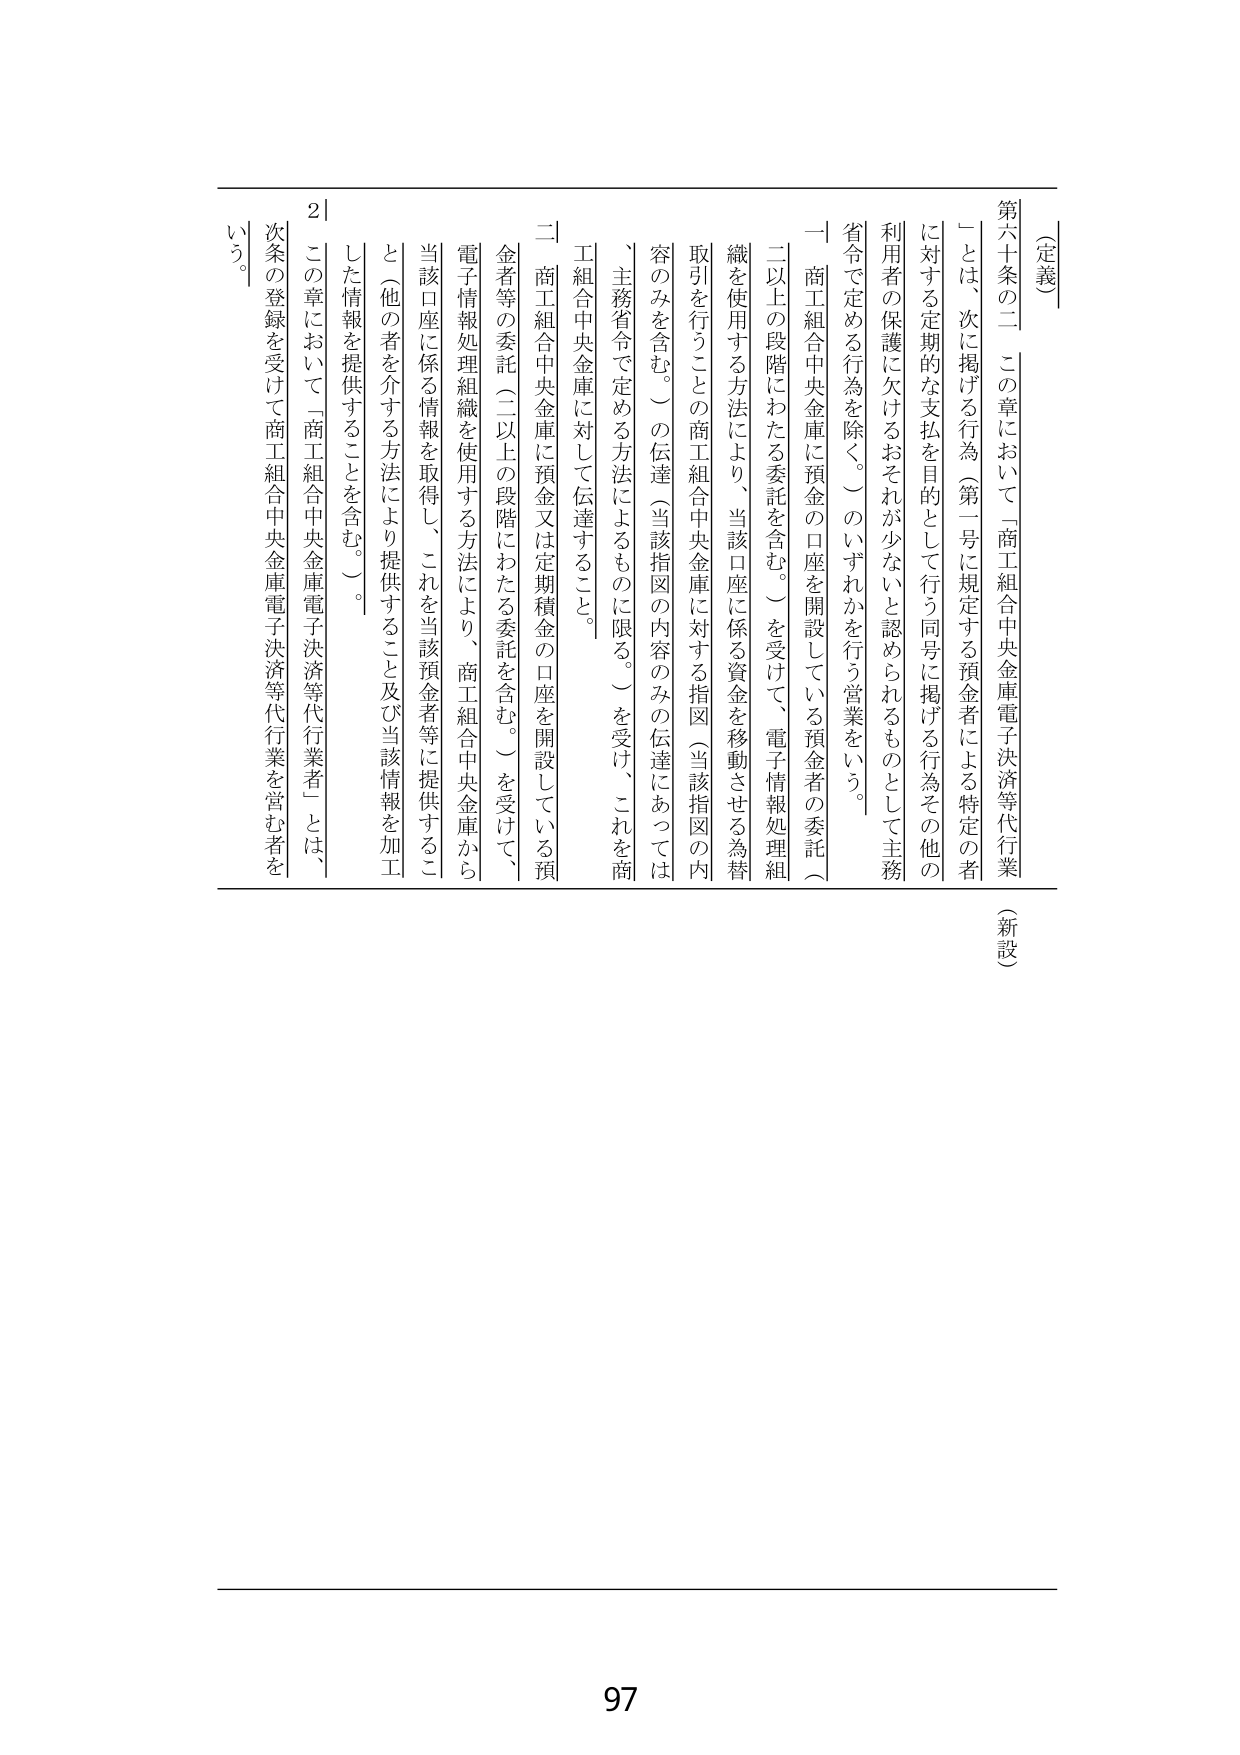
（定義）

第六十条の二　この章において「商工組合中央金庫電子決済等代行業」とは、次に掲げる行為（第一号に規定する預金者による特定の者に対する定期的な支払を目的として行う同号に掲げる行為その他の利用者の保護に欠けるおそれがないと認められるものとして主務省令で定める行為を除く。）のいずれかを行う営業をいう。

一　商工組合中央金庫に預金の口座を開設している預金者の委託（二以上の段階にわたる委託を含む。）を受けて、電子情報処理組織を使用する方法により、当該口座に係る資金を移動させる為替取引を行うことの商工組合中央金庫に対する指図（当該指図の内容のみを含む。）の伝達（当該指図の内容のみの伝達にあつては、主務省令で定める方法によるものに限る。）を受け、これを商工組合中央金庫に対して伝達すること。

二　商工組合中央金庫に預金又は定期積金の口座を開設している預金者等の委託（二以上の段階にわたる委託を含む。）を受けて、電子情報処理組織を使用する方法により、商工組合中央金庫から当該口座に係る情報を取得し、これを当該預金者等に提供すること（他の者を介する方法により提供すること及び当該情報を加工した情報を提供することを含む。）。

２　この章において「商工組合中央金庫電子決済等代行業者」とは、次条の登録を受けて商工組合中央金庫電子決済等代行業を営む者をいう。

（新設）

97